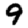
Digit: 9